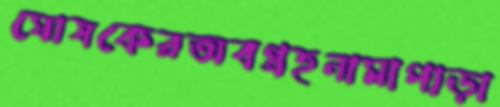
ঘোষকেরঅবগ্রহনামাপাড়া